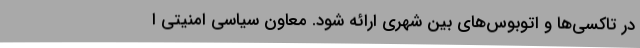
در تاکسی‌ها و اتوبوس‌های بین شهری ارائه شود. معاون سیاسی امنیتی ا